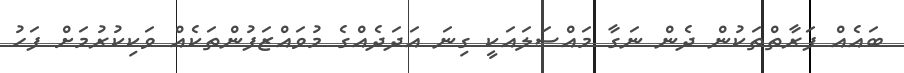
ބައެއް ފަރާތްތަކުން ދެން ނަގާ މައްސަލައަކީ ގިނަ އަދަދެއްގެ މުވައްޒަފުންތަކެއް ވަކިކުރުމަށް ފަހު